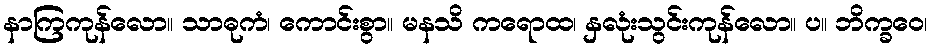
နာကြကုန်လော။ သာဓုကံ၊ ကောင်းစွာ။ မနသိ ကရောထ၊ နှလုံးသွင်းကုန်လော။ ပ။ ဘိက္ခဝေ၊